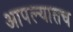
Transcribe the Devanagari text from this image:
आपल्यातच